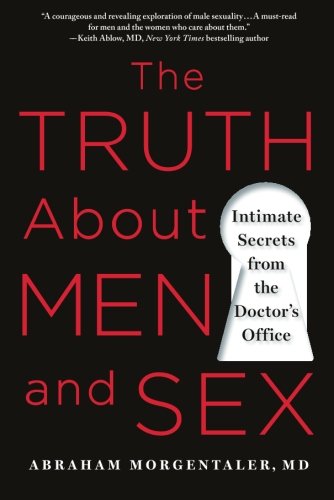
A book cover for The Truth About Men and Sex: Intimate Secrets from the Doctor's Office; Abraham Morgentaler; Health, Fitness & Dieting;